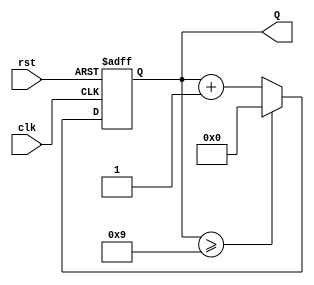
module counter (clk, rst, Q);

input clk, rst;
output [3:0] Q;

reg [3:0] tmp;
parameter limit = 9; 

always @(posedge clk or negedge rst) begin

    if (rst == 0)
        tmp <= 0;
    else begin
        tmp  <= tmp + 1;
        if(tmp >= limit)
            tmp <= 0;
    end

end

assign Q = tmp;

endmodule